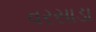
વરસાડા